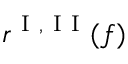
r ^ { \mathrm { ~ I ~ , ~ I ~ I ~ } } ( f )